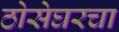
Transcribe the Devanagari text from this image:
ठोसेघरचा